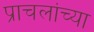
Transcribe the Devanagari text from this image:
प्राचलांच्या